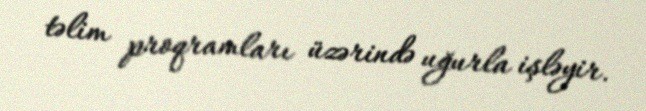
təlim proqramları üzərində uğurla işləyir.